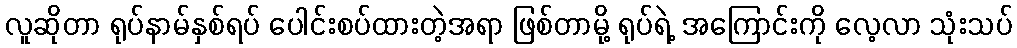
လူဆိုတာ ရုပ်နာမ်နှစ်ရပ် ပေါင်းစပ်ထားတဲ့အရာ ဖြစ်တာမို့ ရုပ်ရဲ့ အကြောင်းကို လေ့လာ သုံးသပ်